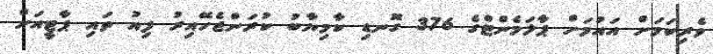
ވެރިކަމަށް އައުމަށް ޕާލަމެންޓްގެ 376 ގޮނޑި ކާމިޔާބު ކުރަންޖެހޭއިރު ފިއު ތައި ޕާޓީއަށް